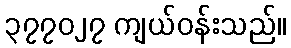
၃၇၇၀၂၇ ကျယ်ဝန်းသည်။